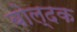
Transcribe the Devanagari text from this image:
बोल्दक